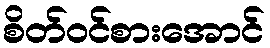
စိတ်ဝင်စားအောင်